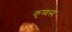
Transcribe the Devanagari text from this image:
कृष्णस्य